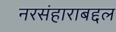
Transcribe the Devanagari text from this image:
नरसंहाराबद्दल